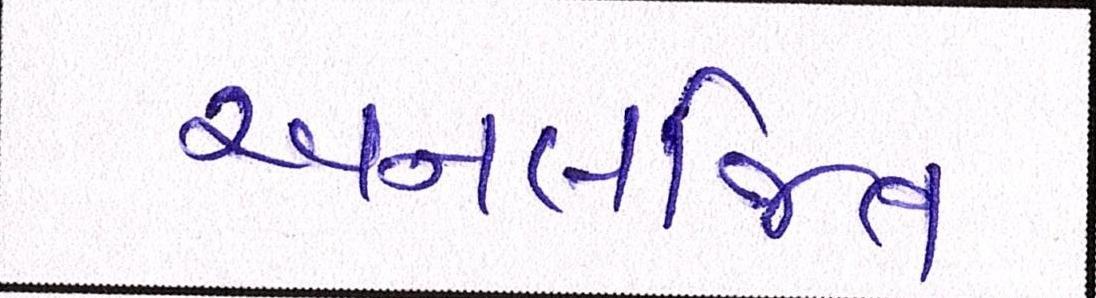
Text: અનલજિત